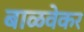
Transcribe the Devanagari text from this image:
बाळवेकर